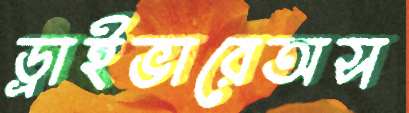
ড্রাইভারেঅস